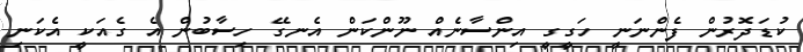
ކުޑަދޮރުން ފެންނަނީ ހަގީގީ އިންސާނެއް ނޫންކަން އެނގޭ ހިސާބުން އެ ގެއަކީ އެކަނި